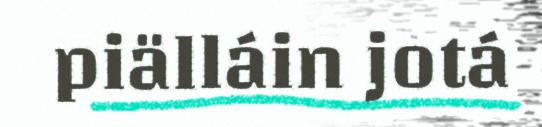
piälláin jotá